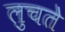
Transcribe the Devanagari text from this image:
लुचते